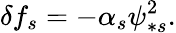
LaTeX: \delta f_{s}=-\alpha_{s}\psi_{\ast s}^{2}.